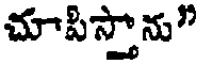
చూపిస్తాను"